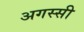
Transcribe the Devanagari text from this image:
अगस्सी